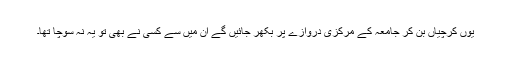
یوں کرچیاں بن کر جامعہ کے مرکزی دروازے پر بکھر جائیں گے ان میں سے کسی نے بھی تو یہ نہ سوچا تھا۔